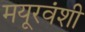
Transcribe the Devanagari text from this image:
मयूरवंशी